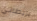
بريطاني